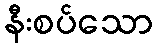
နီးစပ်သော